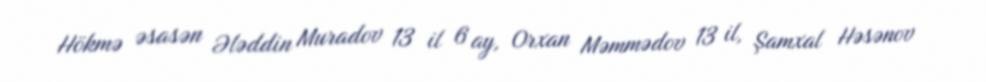
Hökmə əsasən Ələddin Muradov 13 il 6 ay, Orxan Məmmədov 13 il, Şamxal Həsənov